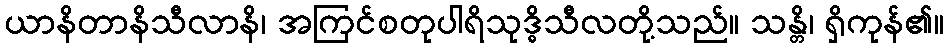
ယာနိတာနိသီလာနိ၊ အကြင်စတုပါရိသုဒ္ဓိသီလတို့သည်။ သန္တိ၊ ရှိကုန်၏။